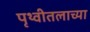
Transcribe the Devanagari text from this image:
पृथ्वीतलाच्या